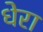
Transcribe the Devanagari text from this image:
धेरा